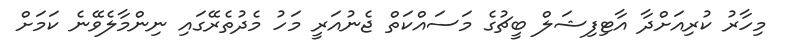
މިހާރު ކުރިއަށްދާ އާޓިފިޝަލް ބީޗުގެ މަސައްކަތް ޖެނުއަރީ މަހު މެދުތެރޭގައި ނިންމާލެވޭނެ ކަމަށް